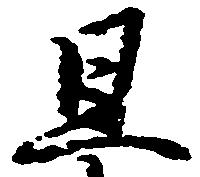
且